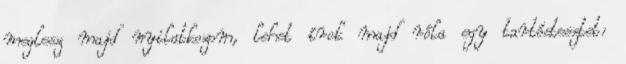
meglesz majd nyilatkozom, lehet írok majd róla egy tartóstesztet: